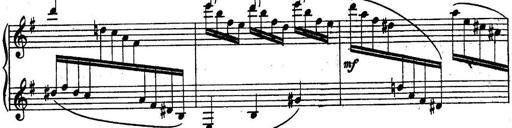
Title: Sonatine
Composer: Adrian Shaposhnikov
Key: E minor